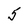
Character: 5